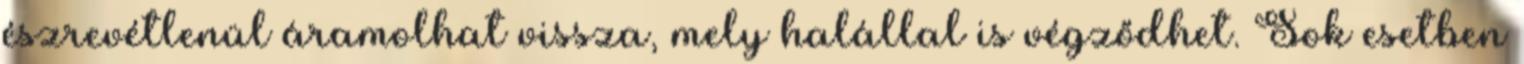
észrevétlenül áramolhat vissza, mely halállal is végződhet. Sok esetben